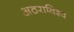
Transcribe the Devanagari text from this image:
अठराविश्व